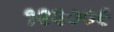
૧૨૨૦૦૯